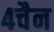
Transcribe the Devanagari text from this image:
४चैन